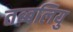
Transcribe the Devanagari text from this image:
तब्बलियु